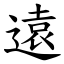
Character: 遠